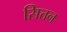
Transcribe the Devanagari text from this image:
सित्तन